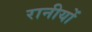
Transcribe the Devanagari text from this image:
रानीयों